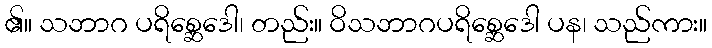
၏။ သဘာဂ ပရိစ္ဆေဒေါ၊ တည်း။ ဝိသဘာဂပရိစ္ဆေဒေါ ပန၊ သည်ကား။